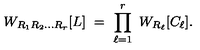
W _ { R _ { 1 } R _ { 2 } \ldots R _ { r } } [ L ] \ = \ \prod _ { \ell = 1 } ^ { r } \ W _ { R _ { \ell } } [ C _ { \ell } ] .